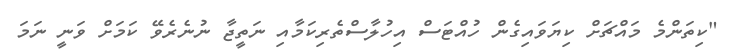
"ކިތަންމެ މައްޗަށް ކިޔަވައިގެން ހުއްޓަސް އިހުލާސްތެރިކަމާއި ނަތީޖާ ނުނެރެވޭ ކަމަށް ވަނީ ނަމަ